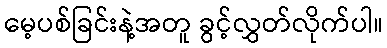
မေ့ပစ်ခြင်းနဲ့အတူ ခွင့်လွှတ်လိုက်ပါ။